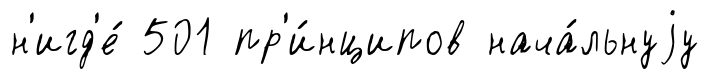
н'игд'е́ 501 пр'и́нципов нача́льнуjу